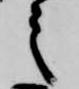
之